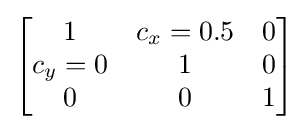
{\begin{bmatrix}1&c_{x}=0.5&0\\c_{y}=0&1&0\\0&0&1\end{bmatrix}}